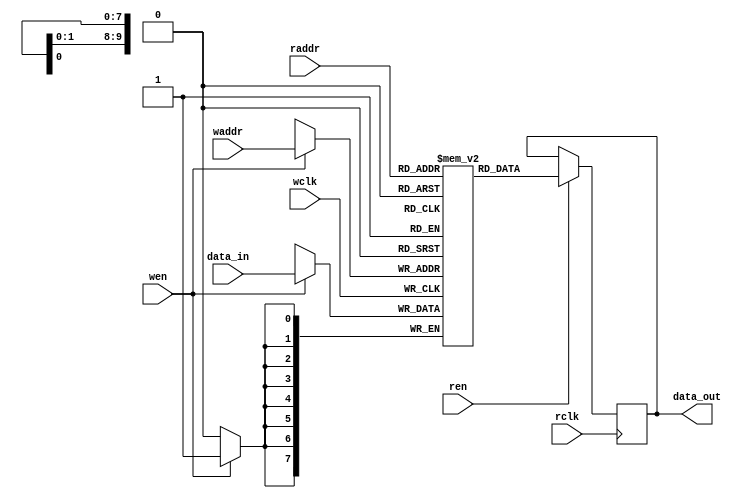
//-----------------------------
// Dual-port RAM 1024x8 bit (8Kbit)
// Core logic
//-----------------------------
module dpram_1024x8_core (
  input wclk,
  input wen,
  input [0:9] waddr,
  input [0:7] data_in,
  input rclk,
  input ren,
  input [0:9] raddr,
  output [0:7] data_out );

  reg [0:7] ram[0:1023];
  reg [0:7] internal;

  assign data_out = internal;

  always @(posedge wclk) begin
    if(wen) begin
      ram[waddr] <= data_in;
    end
  end

  always @(posedge rclk) begin
    if(ren) begin
      internal <= ram[raddr];
    end
  end

endmodule

//-----------------------------
// Dual-port RAM 1024x8 bit (8Kbit) wrapper
// where the read clock and write clock
// are combined to a unified clock
//-----------------------------
module dpram_1024x8 (
  input clk,
  input wen,
  input ren,
  input [0:9] waddr,
  input [0:9] raddr,
  input [0:7] data_in,
  output [0:7] data_out );

    dpram_1024x8_core memory_0 (
      .wclk    (clk),
      .wen    (wen),
      .waddr    (waddr),
      .data_in  (data_in),
      .rclk    (clk),
      .ren    (ren),
      .raddr    (raddr),
      .data_out    (data_out) );

endmodule

//-----------------------------
// 36-bit multiplier
//-----------------------------
module mult_36(
  input [0:35] A,
  input [0:35] B,
  output [0:71] Y
);

assign Y = A * B;

endmodule